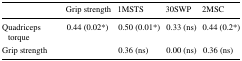
<table><thead><tr><td></td><td><b>Grip strength</b></td><td><b>1MSTS</b></td><td><b>30SWP</b></td><td><b>2MSC</b></td></tr></thead><tbody><tr><td>Quadriceps torque</td><td>0.44 (0.02*)</td><td>0.50 (0.01*)</td><td>0.33 (ns)</td><td>0.44 (0.2*)</td></tr><tr><td>Grip strength</td><td></td><td>0.36 (ns)</td><td>0.00 (ns)</td><td>0.36 (ns)</td></tr></tbody></table>